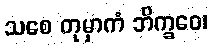
သစေ တုမှာကံ ဘိက္ခဝေ၊